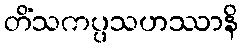
တိံသကပ္ပသဟဿာနိ